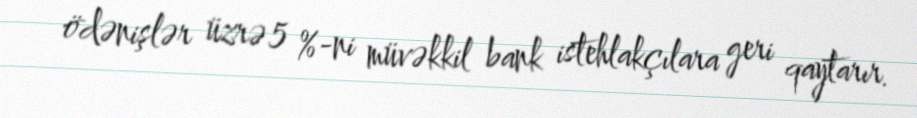
ödənişlər üzrə 5 %-ni müvəkkil bank istehlakçılara geri qaytarır.